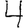
Digit: 4